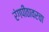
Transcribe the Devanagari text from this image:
रंगपीठावरचा